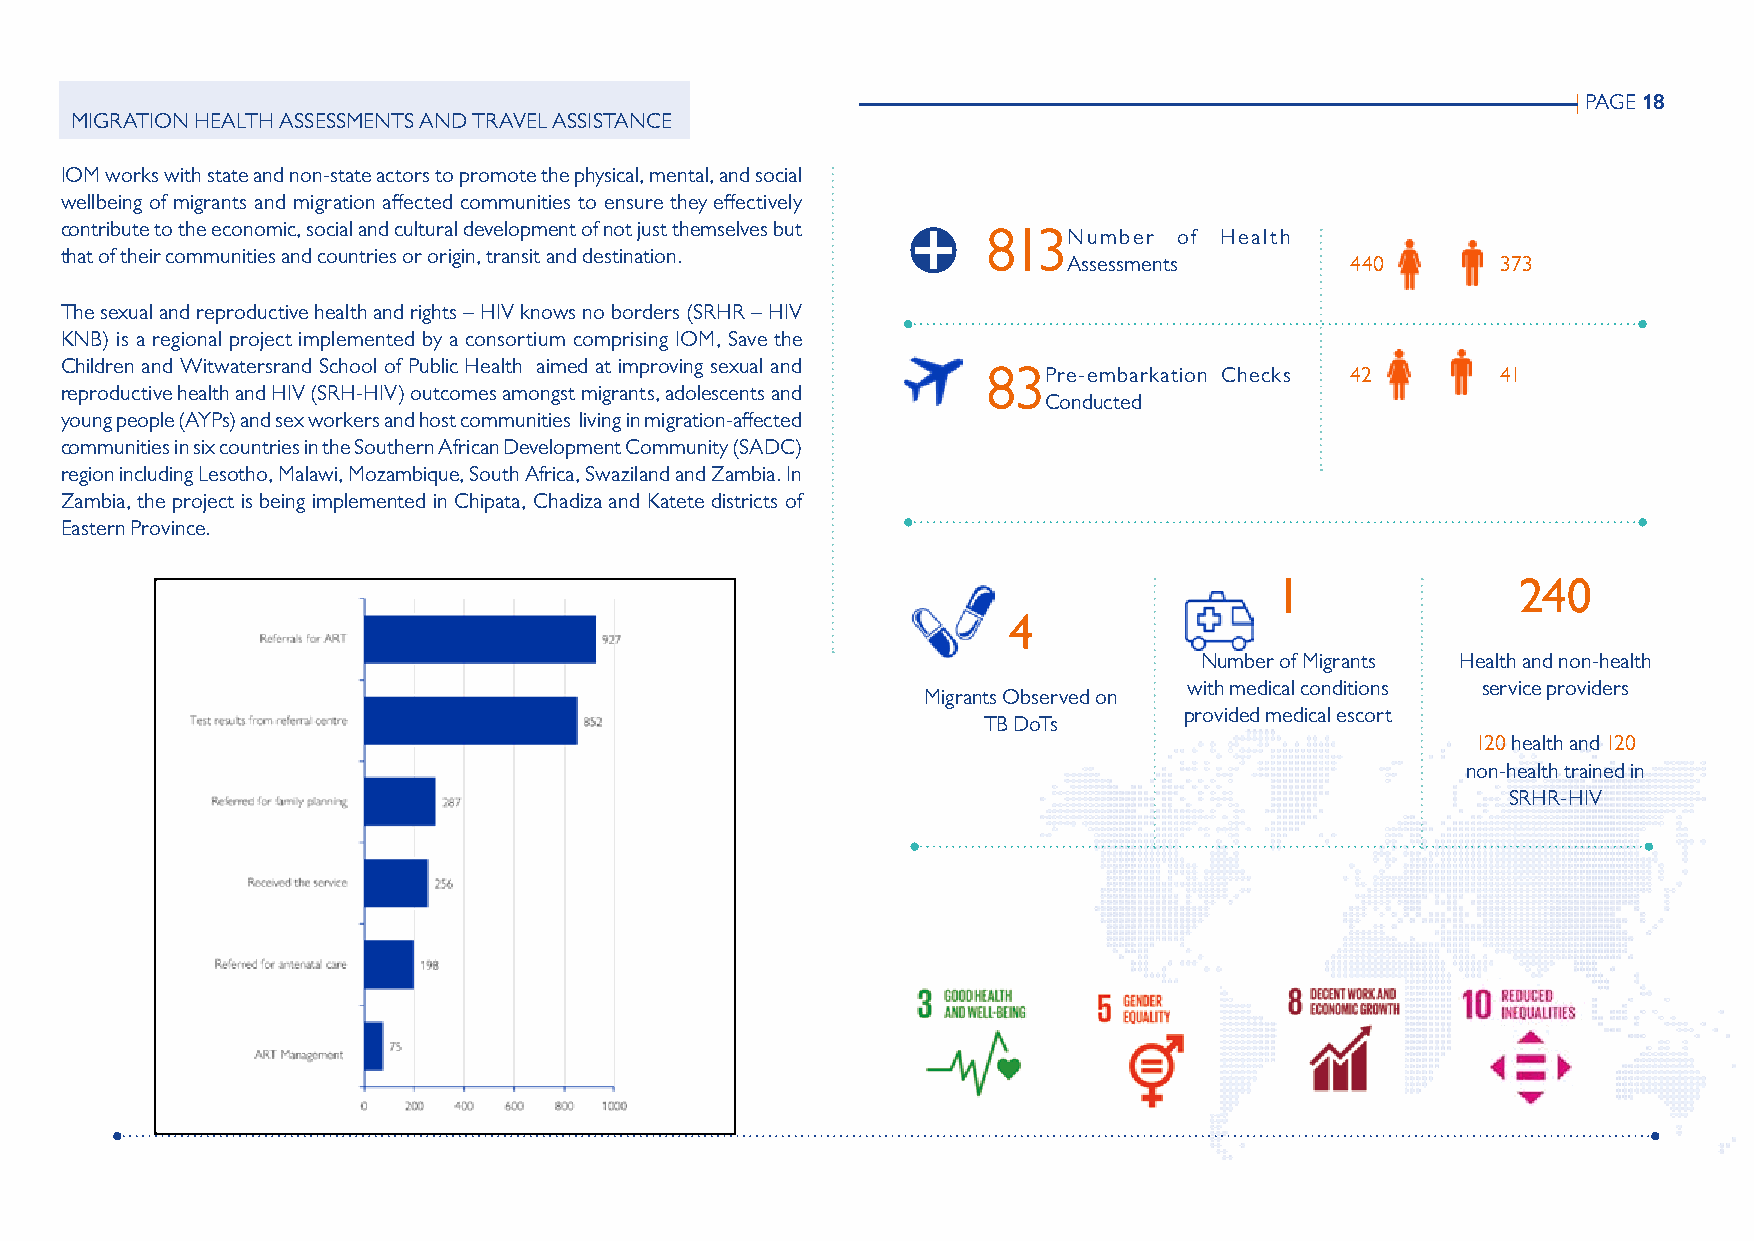
| PAGE 18
 MIGRATION HEALTH ASSESSMENTS AND TRAVEL ASSISTANCE
 IOM works with state and non-state actors to promote the physical, mental, and social
 wellbeing of migrants and migration affected communities to ensure they effectively
 contribute to the economic, social and cultural development of not just themselves but 813N umber of Health
 that of their communities and countries or origin, transit and destination.
 Assessments       440       373
 The sexual and reproductive health and rights – HIV knows no borders (SRHR – HIV
 KNB) is a regional project implemented by a consortium comprising IOM, Save the
 Children and Witwatersrand School of Public Health aimed at improving sexual and 83P re-embarkation Checks 42 41
 reproductive health and HIV (SRH-HIV) outcomes amongst migrants, adolescents and
 Conducted
 young people (AYPs) and sex workers and host communities living in migration-affected
 communities in six countries in the Southern African Development Community (SADC)
 region including Lesotho, Malawi, Mozambique, South Africa, Swaziland and Zambia. In
 Zambia, the project is being implemented in Chipata, Chadiza and Katete districts of
 Eastern Province.
 1                240
 4
 Number of Migrants Health and non-health
 with medical conditions service providers
 Migrants Observed on
 provided medical escort
 TB DoTs
 120 health and 120
 non-health trained in
 SRHR-HIV